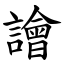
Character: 譮